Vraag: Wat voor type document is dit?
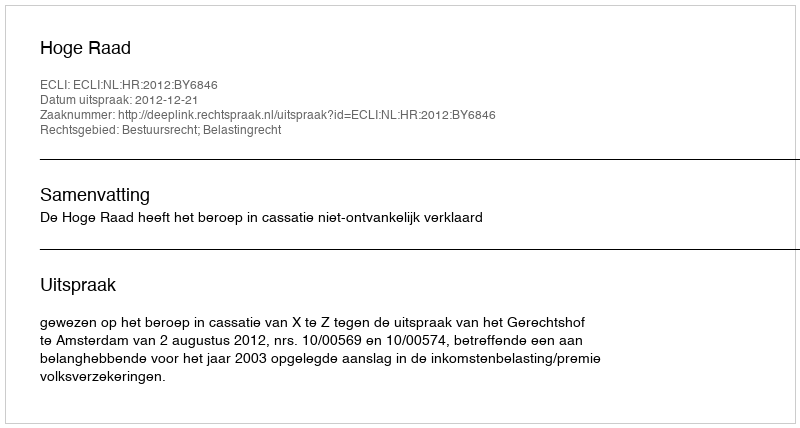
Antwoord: Uitspraak